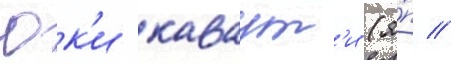
Юк'и каваут'и (я́п //